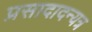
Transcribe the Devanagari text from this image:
प्रसादादन्यत्र